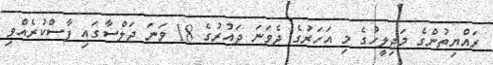
ރައްޔިތުންގެ މަޖިލީހުގެ މި އަހަރުގެ ދެވަނަ ދައުރުގެ 18 ވަނަ ޖަލްސާގައި ފާސްކުރެއްވި